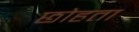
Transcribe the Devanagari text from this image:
छोहता